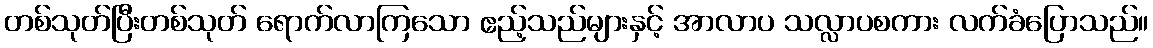
တစ်သုတ်ပြီးတစ်သုတ် ရောက်လာကြသော ဧည့်သည်များနှင့် အာလာပ သလ္လာပစကား လက်ခံပြောသည်။